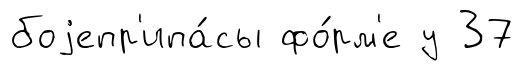
боjепр'ипа́сы фо́рм'е у 37